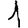
Digit: 1